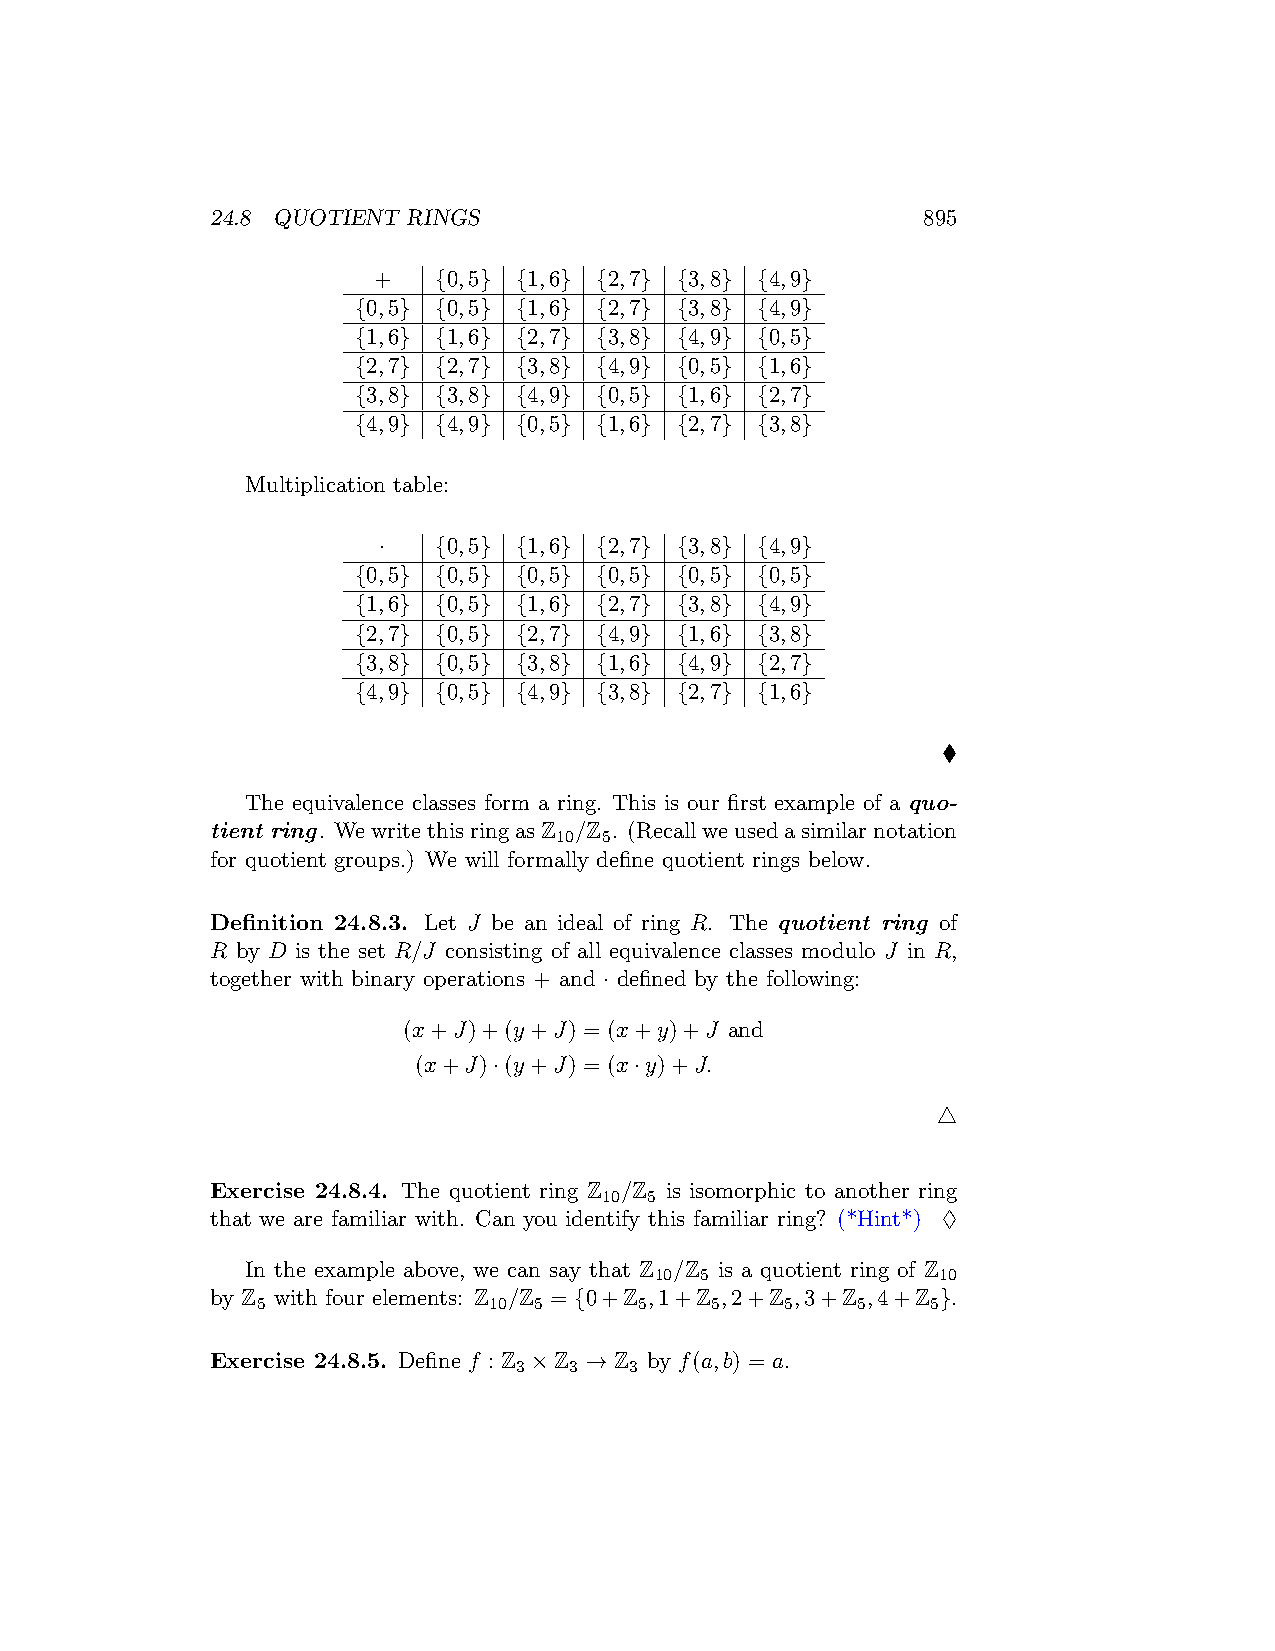
24.8 QUOTIENT RINGS                            895
 +   {0,5} {1,6} {2,7} {3,8} {4,9}
 {0,5} {0,5} {1,6} {2,7} {3,8} {4,9}
 {1,6} {1,6} {2,7} {3,8} {4,9} {0,5}
 {2,7} {2,7} {3,8} {4,9} {0,5} {1,6}
 {3,8} {3,8} {4,9} {0,5} {1,6} {2,7}
 {4,9} {4,9} {0,5} {1,6} {2,7} {3,8}
 Multiplication table:
 ·   {0,5} {1,6} {2,7} {3,8} {4,9}
 {0,5} {0,5} {0,5} {0,5} {0,5} {0,5}
 {1,6} {0,5} {1,6} {2,7} {3,8} {4,9}
 {2,7} {0,5} {2,7} {4,9} {1,6} {3,8}
 {3,8} {0,5} {3,8} {1,6} {4,9} {2,7}
 {4,9} {0,5} {4,9} {3,8} {2,7} {1,6}
 ♦
 The equivalence classes form a ring. This is our first example of a quo-
 tient ring. WewritethisringasZ /Z . (Recallweusedasimilarnotation
 10 5
 for quotient groups.) We will formally define quotient rings below.
 Definition 24.8.3. Let J be an ideal of ring R. The quotient ring of
 R by D is the set R/J consisting of all equivalence classes modulo J in R,
 together with binary operations + and · defined by the following:
 (x+J)+(y+J) = (x+y)+J and
 (x+J)·(y+J) = (x·y)+J.
 △
 Exercise 24.8.4. The quotient ring Z /Z is isomorphic to another ring
 10 5
 that we are familiar with. Can you identify this familiar ring? (*Hint*) ♢
 In the example above, we can say that Z /Z is a quotient ring of Z
 10 5               10
 by Z with four elements: Z /Z = {0+Z ,1+Z ,2+Z ,3+Z ,4+Z }.
 5              10 5      5    5    5    5    5
 Exercise 24.8.5. Define f : Z ×Z → Z by f(a,b) = a.
 3   3   3